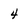
Character: 4